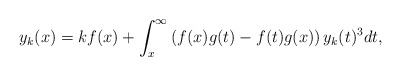
\begin{align*} y_k(x)=kf(x)+\int_x^\infty\left(f(x)g(t)-f(t)g(x)\right)y_k(t)^3dt, \end{align*}